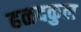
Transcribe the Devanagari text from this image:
हळदकुल